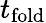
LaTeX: t_{\mathrm{fold}}